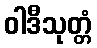
ဝါဒီသုတ္တံ